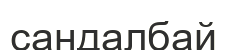
сандалбай